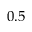
0 . 5